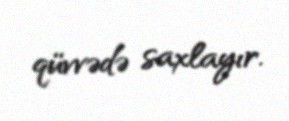
qüvvədə saxlayır.